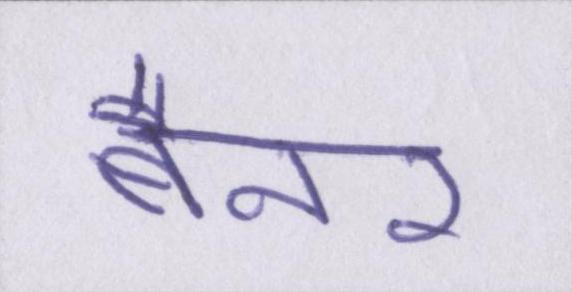
बैनर